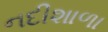
નદીશાળા